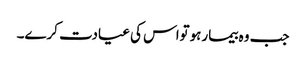
جب وہ بیمارہوتواس کی عیادت کرے۔